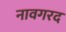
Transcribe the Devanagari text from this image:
नावगरद